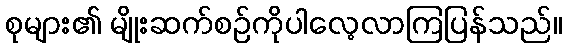
စုများ၏ မျိုးဆက်စဉ်ကိုပါလေ့လာကြပြန်သည်။